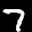
Label: 7